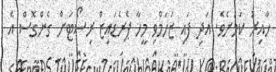
ހާއިރު ކަމަށެވެ. އަދި ފައި ޒަހަމްވި މީހާ ޕެރެޑައިޒް ރިސޯޓަށް ގެންގޮސް އެ